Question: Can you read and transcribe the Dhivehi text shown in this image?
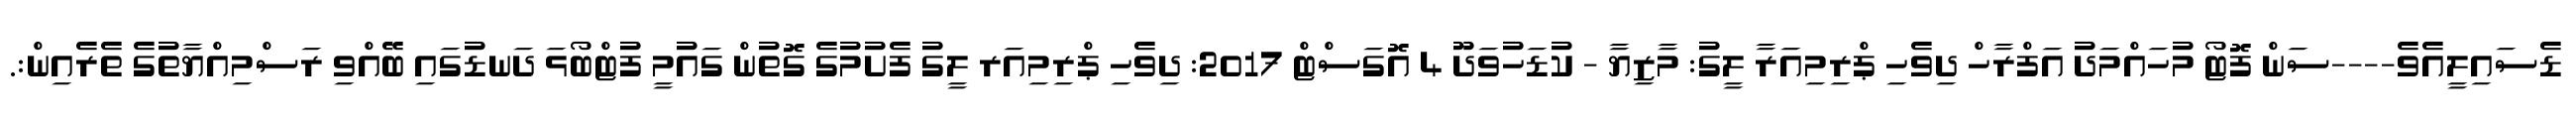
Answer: ޑެސައިލީއެވެ----ސަން ފޮޓޯ މުހައްމަދު އަފްރާހް ދިވެހި ޕްރިމިއަރާ ލީގު: މާޒިޔާ - ކުޑަހުވަދޫ 4 އޮގަސްޓް 2017: ދިވެހި ޕްރިމިއަރ ލީގު ފެށުމުގެ ގޮތުން ގައުމީ ފުޓްބޯޅަ ދަނޑުގައި ބޭއްވި ރަސްމިއްޔާތުގެ ތެރެއިން:.